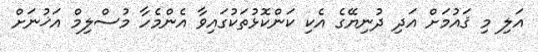
އަލި މި ޤައުމަށް އަދި ދުނިޔޭގެ އެކި ކަންކޮޅުތަކުގައިވާ އެންމެހާ މުސްލިމް އަޚުނަށް